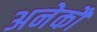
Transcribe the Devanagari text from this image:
अनेकौं